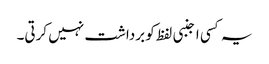
یہ کسی اجنبی لفظ کو برداشت نہیں کرتی۔